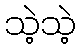
သဲ့သဲ့